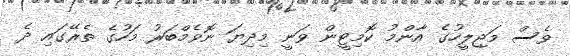
ވެސް މަޖިލީހުގެ އާންމު ކޮމިޓީން ވަނީ މިދިޔަ ނޮވެމްބަރު މަހުގެ ތެރޭގައި ދެ